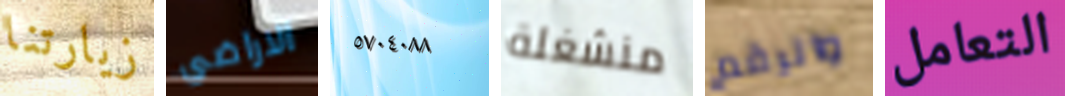
زيارتنا الاراضي ٥٧٠٤٠٨٨ منشغلة والرقم التعامل